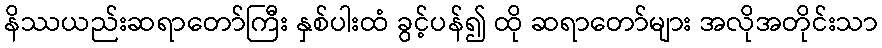
နိဿယည်းဆရာတော်ကြီး နှစ်ပါးထံ ခွင့်ပန်၍ ထို ဆရာတော်များ အလိုအတိုင်းသာ